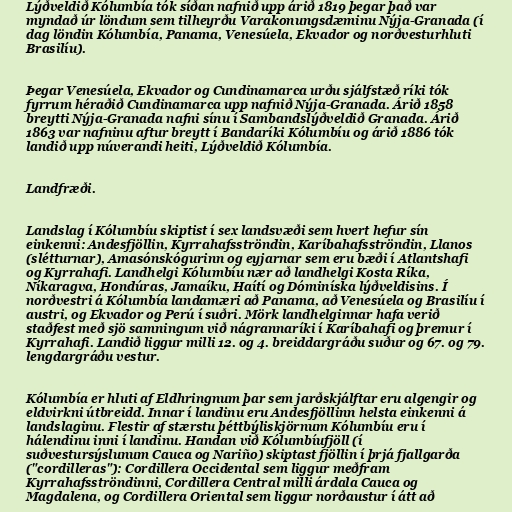
Lýðveldið Kólumbía tók síðan nafnið upp árið 1819 þegar það var
myndað úr löndum sem tilheyrðu Varakonungsdæminu Nýja-Granada (í
dag löndin Kólumbía, Panama, Venesúela, Ekvador og norðvesturhluti
Brasilíu).

Þegar Venesúela, Ekvador og Cundinamarca urðu sjálfstæð ríki tók
fyrrum héraðið Cundinamarca upp nafnið Nýja-Granada. Árið 1858
breytti Nýja-Granada nafni sínu í Sambandslýðveldið Granada. Árið
1863 var nafninu aftur breytt í Bandaríki Kólumbíu og árið 1886 tók
landið upp núverandi heiti, Lýðveldið Kólumbía.

Landfræði.

Landslag í Kólumbíu skiptist í sex landsvæði sem hvert hefur sín
einkenni: Andesfjöllin, Kyrrahafsströndin, Karíbahafsströndin, Llanos
(slétturnar), Amasónskógurinn og eyjarnar sem eru bæði í Atlantshafi
og Kyrrahafi. Landhelgi Kólumbíu nær að landhelgi Kosta Ríka,
Níkaragva, Hondúras, Jamaíku, Haítí og Dóminíska lýðveldisins. Í
norðvestri á Kólumbía landamæri að Panama, að Venesúela og Brasilíu í
austri, og Ekvador og Perú í suðri. Mörk landhelginnar hafa verið
staðfest með sjö samningum við nágrannaríki í Karíbahafi og þremur í
Kyrrahafi. Landið liggur milli 12. og 4. breiddargráðu suður og 67. og 79.
lengdargráðu vestur.

Kólumbía er hluti af Eldhringnum þar sem jarðskjálftar eru algengir og
eldvirkni útbreidd. Innar í landinu eru Andesfjöllinn helsta einkenni á
landslaginu. Flestir af stærstu þéttbýliskjörnum Kólumbíu eru í
hálendinu inni í landinu. Handan við Kólumbíufjöll (í
suðvestursýslunum Cauca og Nariño) skiptast fjöllin í þrjá fjallgarða
("cordilleras"): Cordillera Occidental sem liggur meðfram
Kyrrahafsströndinni, Cordillera Central milli árdala Cauca og
Magdalena, og Cordillera Oriental sem liggur norðaustur í átt að